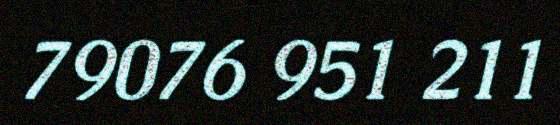
79076 951 211